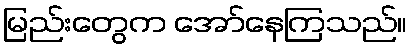
မြည်းတွေက အော်နေကြသည်။